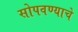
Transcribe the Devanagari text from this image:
सोपवण्याचे